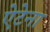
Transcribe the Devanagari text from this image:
ऐटेना